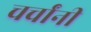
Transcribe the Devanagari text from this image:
चर्चांनी